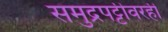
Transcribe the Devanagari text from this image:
समुद्रपट्टीवरही